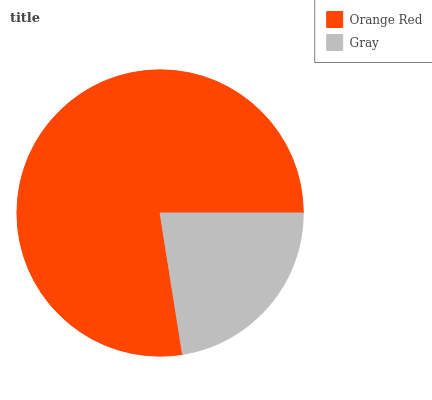
| Orange Red | Gray |
 | --- | --- |
 | 77.5% | 22.5% |